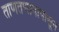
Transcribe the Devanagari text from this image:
ताणतणावापासून